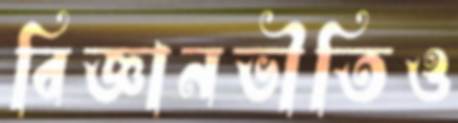
বিজ্ঞানভীতিও